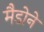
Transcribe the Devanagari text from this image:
मैडोने